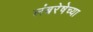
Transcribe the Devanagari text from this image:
लंबरेषेच्या